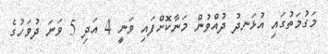
މަގުމަތުގައި އުޅަނދު ދުއްވުން މަނާކޮށްފައި ވަނީ 4 އަދި 5 ވަނަ ދުވަހުގެ